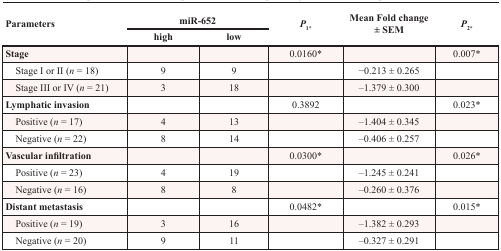
<table><thead><tr><td rowspan="2"><b>Parameters</b></td><td colspan="2"><b>miR-652</b></td><td rowspan="2"><b><i>P</i><sub>1</sub>*</b></td><td rowspan="2"><b>Mean Fold change ± SEM</b></td><td rowspan="2"><b><i>P</i><sub>2</sub>*</b></td></tr><tr><td><b>high</b></td><td><b>low</b></td></tr></thead><tbody><tr><td><b>Stage</b></td><td></td><td></td><td>0.0160*</td><td></td><td>0.007*</td></tr><tr><td> Stage I or II (<i>n</i> = 18)</td><td>9</td><td>9</td><td></td><td>−0.213 ± 0.265</td><td></td></tr><tr><td> Stage III or IV (<i>n</i> = 21)</td><td>3</td><td>18</td><td></td><td>−1.379 ± 0.300</td><td></td></tr><tr><td><b>Lymphatic invasion</b></td><td></td><td></td><td>0.3892</td><td></td><td>0.023*</td></tr><tr><td> Positive (<i>n</i> = 17)</td><td>4</td><td>13</td><td></td><td>−1.404 ± 0.345</td><td></td></tr><tr><td> Negative (<i>n</i> = 22)</td><td>8</td><td>14</td><td></td><td>−0.406 ± 0.257</td><td></td></tr><tr><td><b>Vascular infiltration</b></td><td></td><td></td><td>0.0300*</td><td></td><td>0.026*</td></tr><tr><td> Positive (<i>n</i> = 23)</td><td>4</td><td>19</td><td></td><td>−1.245 ± 0.241</td><td></td></tr><tr><td> Negative (<i>n</i> = 16)</td><td>8</td><td>8</td><td></td><td>−0.260 ± 0.376</td><td></td></tr><tr><td><b>Distant metastasis</b></td><td></td><td></td><td>0.0482*</td><td></td><td>0.015*</td></tr><tr><td> Positive (<i>n</i> = 19)</td><td>3</td><td>16</td><td></td><td>−1.382 ± 0.293</td><td></td></tr><tr><td> Negative (<i>n</i> = 20)</td><td>9</td><td>11</td><td></td><td>−0.327 ± 0.291</td><td></td></tr></tbody></table>